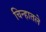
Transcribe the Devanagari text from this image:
चिन्हातले